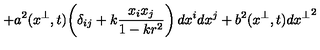
+ a ^ { 2 } ( x ^ { \perp } , t ) \! \left( \delta _ { i j } + k \frac { x _ { i } x _ { j } } { 1 - k r ^ { 2 } } \right) d x ^ { i } d x ^ { j } + b ^ { 2 } ( x ^ { \perp } , t ) d { x ^ { \perp } } ^ { 2 }